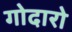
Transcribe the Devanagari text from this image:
गोदारो